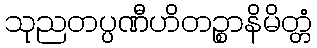
သုညတပ္ပဏီဟိတဉ္စာနိမိတ္တံ